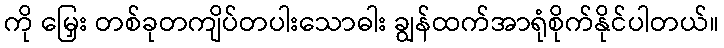
ကို မြှေး တစ်ခုတကျိပ်တပါးသောဓါး ချွန်ထက်အာရုံစိုက်နိုင်ပါတယ်။